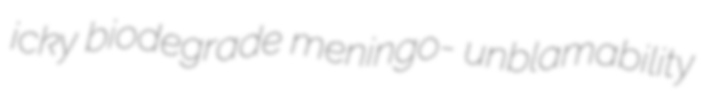
icky biodegrade meningo- unblamability